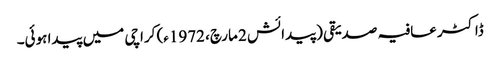
ڈاکٹر عافیہ صدیقی (پیدائش 2 مارچ، 1972ء) کراچی میں پیدا ہوئی۔